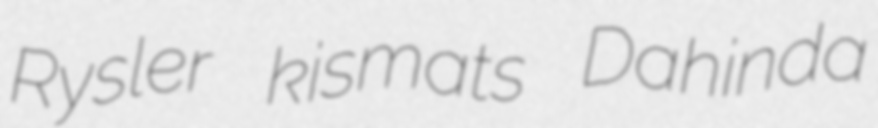
Rysler kismats Dahinda